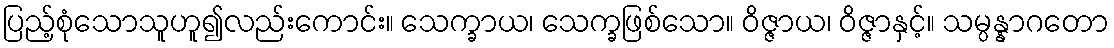
ပြည့်စုံသောသူဟူ၍လည်းကောင်း။ သေက္ခာယ၊ သေက္ခဖြစ်သော။ ဝိဇ္ဇာယ၊ ဝိဇ္ဇာနှင့်။ သမ္ပန္နာဂတော